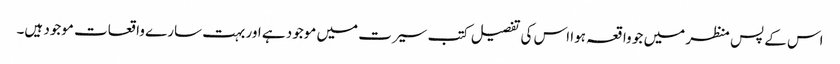
اس کے پس منظر میں جو واقعہ ہوا اس کی تفصیل کتب سیرت میں موجود ہے اور بہت سارے واقعات موجود ہیں۔